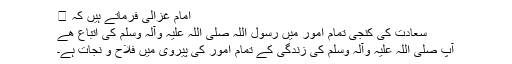
 امام غزالیؒ فرماتے ہیں کہ
سعادت کی کنجی تمام امور میں رسول اللہ صلی اللہ علیہ وآلہ وسلم کی اتباع ھے
آپ صلی اللہ علیہ وآلہ وسلم کی زندگی کے تمام امور کی پیروی میں فلاح و نجات ہے۔